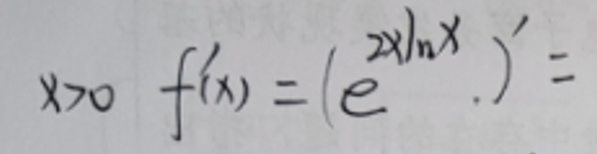
\[
x>0\quad f(x)=\left(e^{2x\ln x}\right)'=
\]